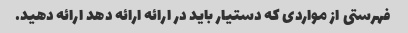
فهرستی از مواردی که دستیار باید در ارائه ارائه دهد ارائه دهید.